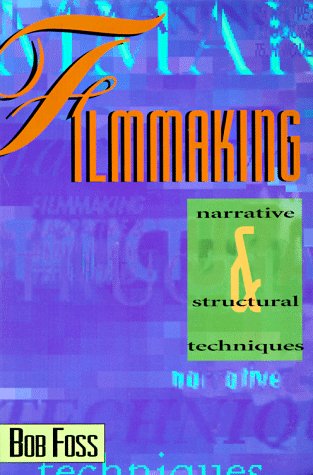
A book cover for Filmmaking Narrative and Structural Techniques: Narrative & Structural Techniques; Bob Foss; Humor & Entertainment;